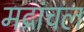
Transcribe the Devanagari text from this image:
मद्रांचल